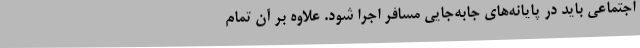
اجتماعی باید در پایانه‌های جابه‌جایی مسافر اجرا شود. علاوه بر آن تمام